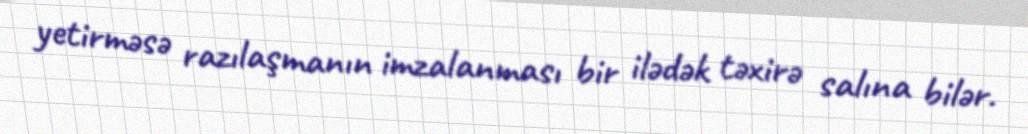
yetirməsə razılaşmanın imzalanması bir ilədək təxirə salına bilər.